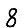
Digit: 8